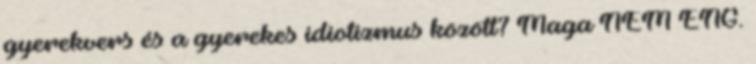
gyerekvers és a gyerekes idiotizmus között? Maga NEM ENG.